Burma Government Medical School reports 1907-22
Year: 1907
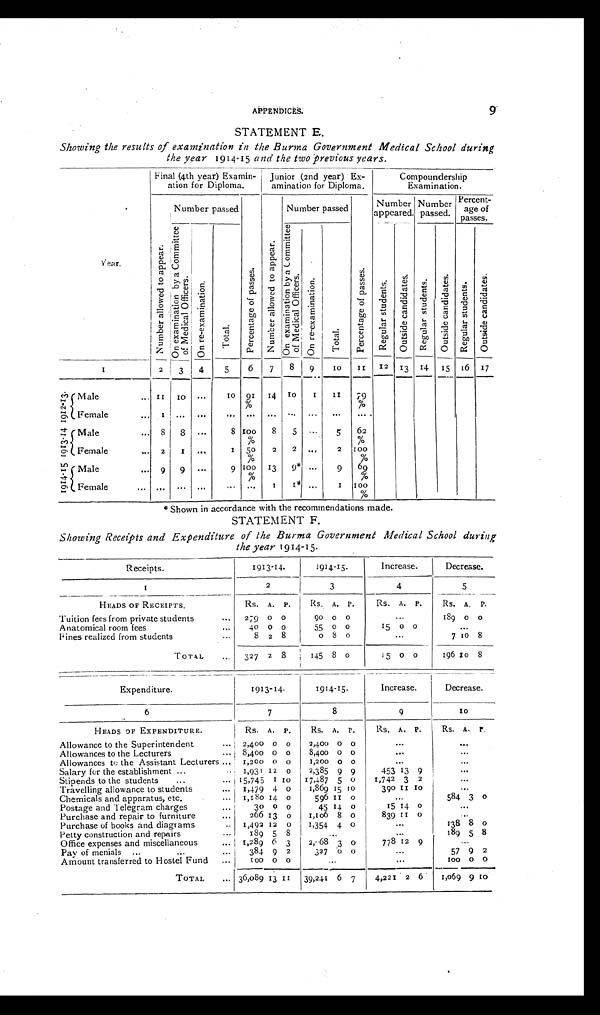
APPENDICES.
9
STATEMENT E.
Showing the results of examination in the Burma Government Medical School during
the year 1914-15 and the two previous years.
year.
F i n a l ( 4 t h y e a r ) Ex a mi n -
ation for Diploma.
Junior (2nd year) Ex-
amination for Diploma.
Compoundership
Examination.
Number
a l l o w e d t o a p p e a r . Number Passed
P e r c e n t a g e o f p a s s e s .
Number allowed to appear.
Number passed
P e r c e n t a g e o f p a s s e s .
Number
appeared.
Number
passed.
Percent -
age of
passes.
O n e x a m i n a t i o n b y a C o m m i t t e e o f M e d i c a l O f f i c e r s .
O n r e - e x a m i n a t i o n .
Total.
O n e x a m i n a t i o n b y a C o m m i t t e e o f M e d i c a l O f f i c e r s .
On r e - e x a mi n a t i o n .
Total .
R e g u l a r s t u d e n t s .
O u t s i d e c a n d i d a t e s .
R e g u l a r s t u d e n t s .
O u t s i d e c a n d i d a t e s .
R e g u l a r s t u d e n t s .
O u t s i d e c a n d i d a t e s .
1
2
3
4
5
6
7
8
9
10
11
12
13 14 15 16
17
1912- 13 Male
...
1 1
1 0
...
1 0 91 % 14
1 0
1
1 1
79%
Female
...
1
... ... ... ... ... ... ... ... ...
1913- 14 Male
... 8
8 ...
8
1 0 0 %
8
5 ...
5
62%
Female
...
2
1
...
1
5 0 %
2
2
...
2
1 0 0 %
1914-15 Male
...
9
9 ...
9
1 0 0 % 13
9* ...
9
6 9 %
Female
... ... ... ... ... ...
1
1 *
...
1
1 0 0 %
* Shown in accordance with the recommendations made.
STATEMENT F.
Showing Receipts and Expenditure of the Burma Government Medical School during
the year 1914-15.
Receipts.
1913-14.
1914-15.
Increase.
Decrease.
1
2
3
4
5
HEADS OF RECEIPTS.
RS. A. P.
Rs. A. P.
Rs. A. p.
Rs. A. P.
Tuition fees from private students
...
279 0 0
90 0 0
...
189 0 0
Anatomical room fees
...
40 0 0
55 0
0
15 0 0
. . .
Fines realized from student
...
8 2 8
0
8 0
. . .
7
1 0 8
TOTAL
. . . 327 2 8
145 8 0
15
0 0
196
1 08
Expenditure.
1913-14.
1914-15.
Increase.
Decrease.
6
7
8
9
10
HEADS OF EXPENDITURE.
Rs. A. p.
Rs. A. P.
Rs. A. P.
Rs. A. P.
Allowance to the Superintendent
...
2,400 0 0
2,400 0 0
. . .
. . .
Allowances to the Lecturers
... 8,400 0 0
8,400 0 0
. . .
. . .
Allowances to the Assistant Lecturers ...
1,200
0 0
1,200
0 0
. . .
...
Salary for the establishment
...
..
1,931 12 0
2,385 9 9
453 13 9
. . .
Stipends to the students
...
... 15,745 1 10
17,487 5 0
1,742 3 2
. . .
Travelling allowance to students
...
1,479 4 0
1,869 15 10
390
1 1
1 0
. . .
Chemicals and apparatus, etc.
...
1,180 14 0
596
1 1
0
...
584 3 0
Postage and Telegram charges
...
3 0 0 0
45 14 0
15 14 0
. . .
Purchase and repair to furniture
...
266 13
0
1,106 8
0
839
1 1 0
. . .
Purchase of books and diagrams
..
1,492 12 0
1,354 4 0
...
138 8
0
Petty construction and repair
...
1 8 9 5 8
. . .
. . .
189 5 8
Office expenses and miscellaneous
...
1,289 6 3
2, 68 3 0
778 12 9
. . .
Pay of menials ...
...
...
384 9 2
327 0 0
...
57 9 2
Amount transferred to Hostel Fund
... I
1 0 0
0
0
. . .
. . .
1 0 0 0 0
TOTAL
... 36,089 13
1 1 39,241 6 7
4,221 2 6
1,069 9
1 0